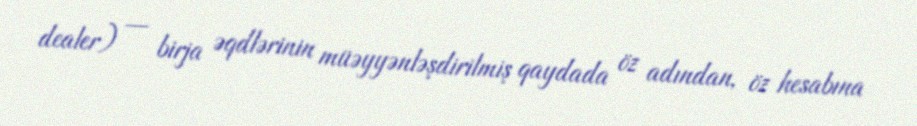
dealer) — birja əqdlərinin müəyyənləşdirilmiş qaydada öz adından, öz hesabına